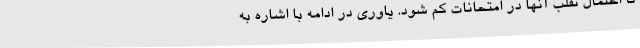
تا احتمال تقلب آنها در امتحانات کم شود. یاوری در ادامه با اشاره به